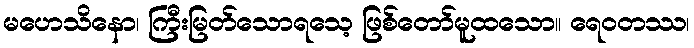
မဟေသိနော၊ ကြီးမြတ်သောရသေ့ ဖြစ်တော်မူထသော။ ရေဝတဿ၊